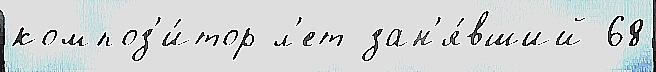
композ'и́тор л'ет зан'я́вший 68